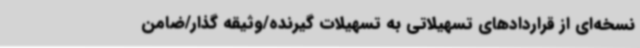
نسخه‌ای از قراردادهای تسهیلاتی به تسهیلات گیرنده/وثیقه گذار/ضامن